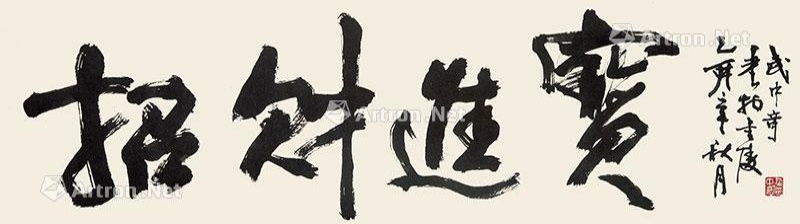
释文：招财进宝乙亥年秋月书于重庆，武中奇。